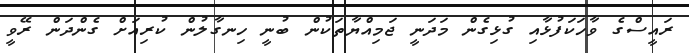
ރައީސްގެ ވާހަކަފުޅާއި ގުޅިގެން މަދަނީ ޖަމިއްޔާތަކުން ބުނީ ހިނގާލުން ކުރިއަށް ގެންދަން ރޭވީ